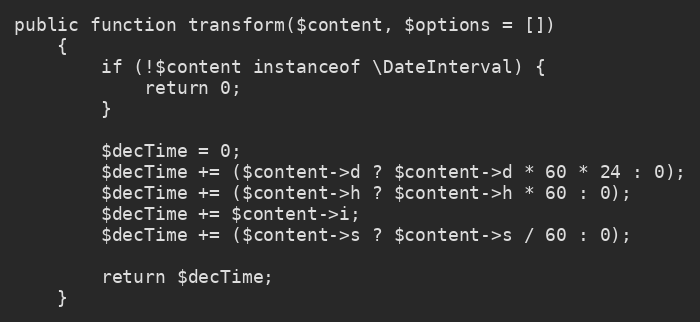
Language: PHP
public function transform($content, $options = [])
    {
        if (!$content instanceof \DateInterval) {
            return 0;
        }

        $decTime = 0;
        $decTime += ($content->d ? $content->d * 60 * 24 : 0);
        $decTime += ($content->h ? $content->h * 60 : 0);
        $decTime += $content->i;
        $decTime += ($content->s ? $content->s / 60 : 0);

        return $decTime;
    }